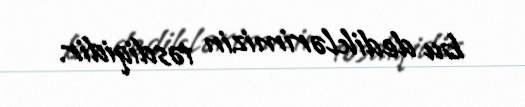
bu dediklərimizin təsdiqidir.